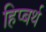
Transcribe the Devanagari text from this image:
हिप्बर्थ